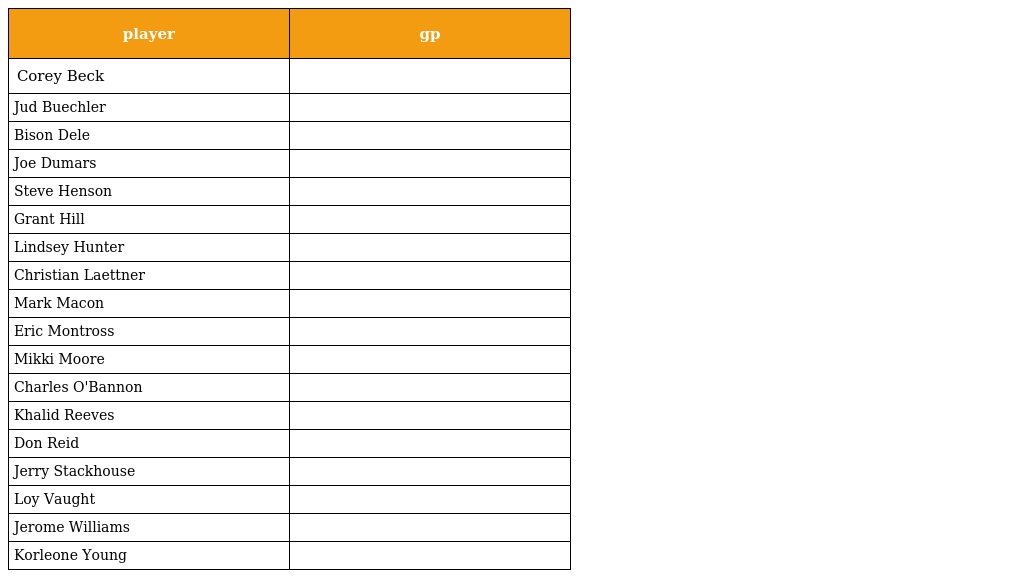
| player | gp |
 | --- | --- |
 | Corey Beck |  |
 | Jud Buechler |  |
 | Bison Dele |  |
 | Joe Dumars |  |
 | Steve Henson |  |
 | Grant Hill |  |
 | Lindsey Hunter |  |
 | Christian Laettner |  |
 | Mark Macon |  |
 | Eric Montross |  |
 | Mikki Moore |  |
 | Charles O'Bannon |  |
 | Khalid Reeves |  |
 | Don Reid |  |
 | Jerry Stackhouse |  |
 | Loy Vaught |  |
 | Jerome Williams |  |
 | Korleone Young |  |